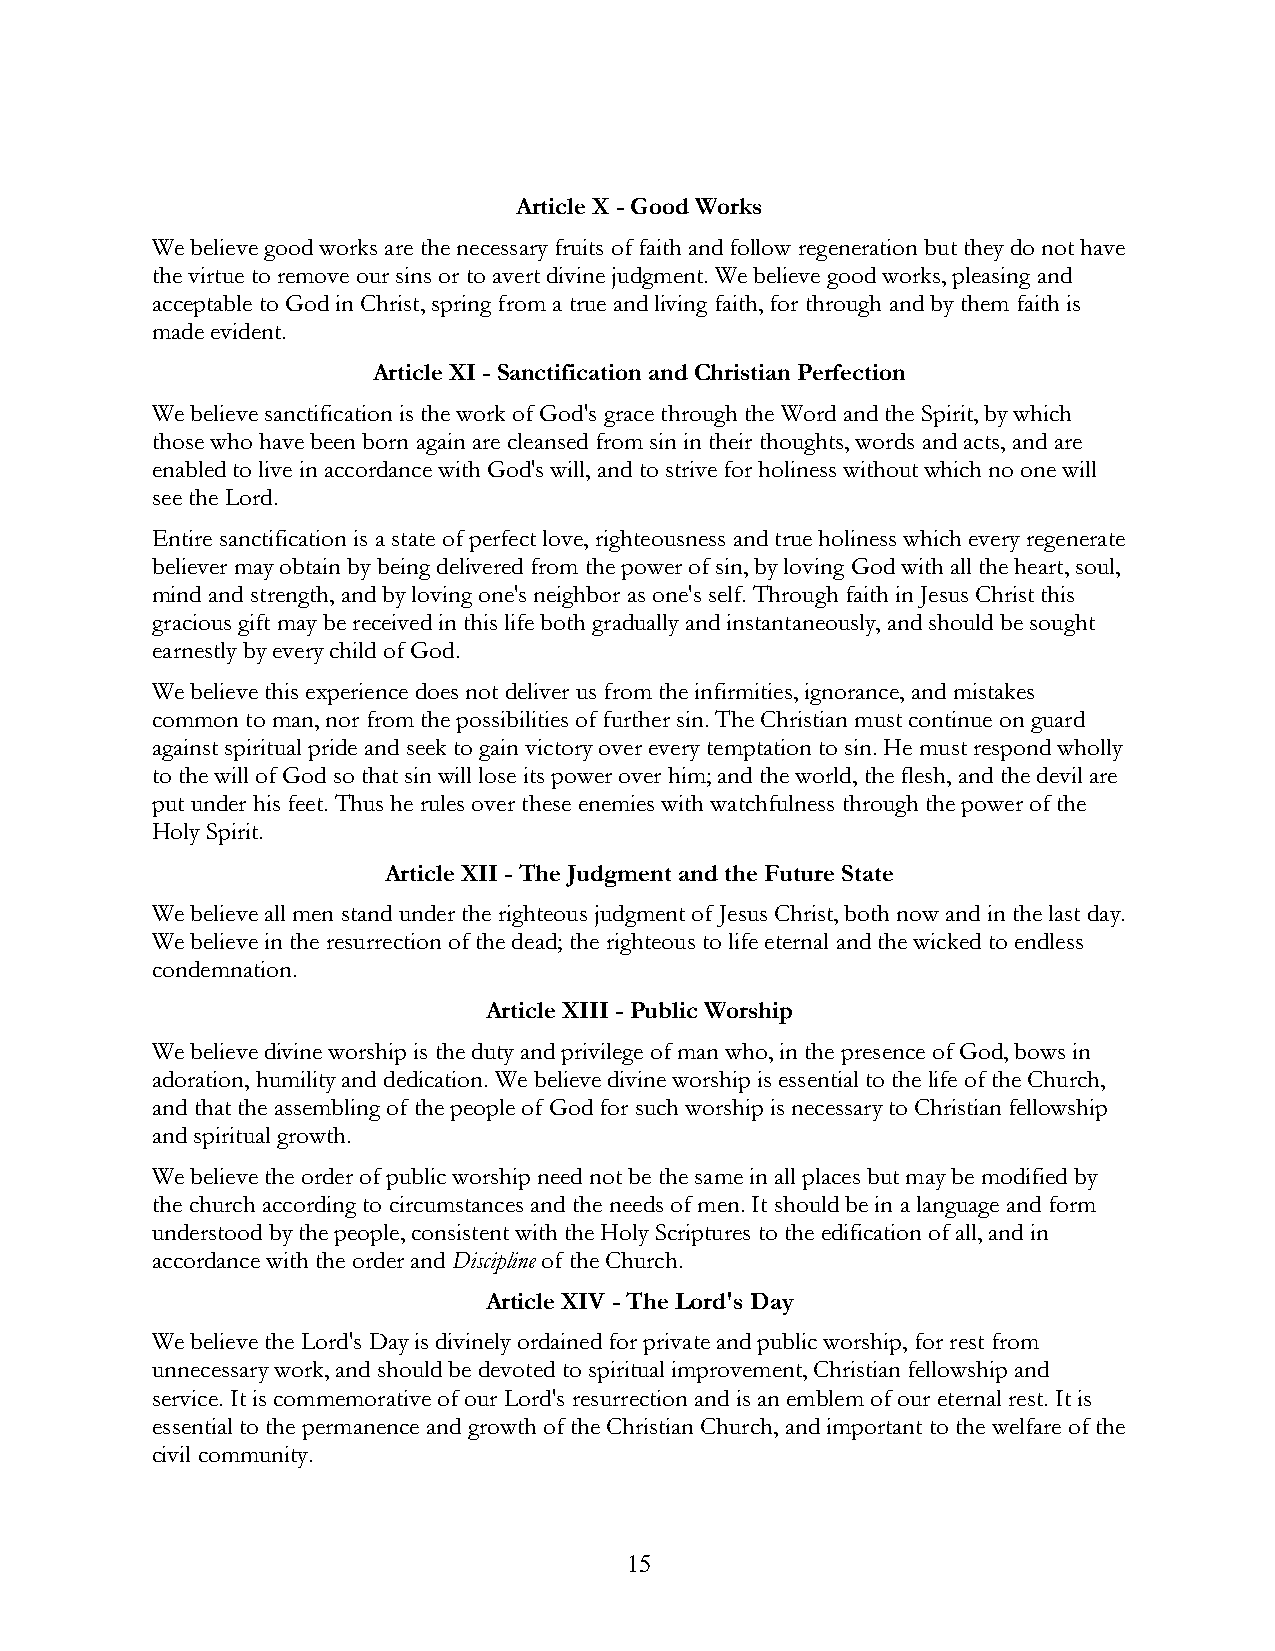
Article X - Good Works
 We believe good works are the necessary fruits of faith and follow regeneration but they do not have
 the virtue to remove our sins or to avert divine judgment. We believe good works, pleasing and
 acceptable to God in Christ, spring from a true and living faith, for through and by them faith is
 made evident.
 Article XI - Sanctification and Christian Perfection
 We believe sanctification is the work of God's grace through the Word and the Spirit, by which
 those who have been born again are cleansed from sin in their thoughts, words and acts, and are
 enabled to live in accordance with God's will, and to strive for holiness without which no one will
 see the Lord.
 Entire sanctification is a state of perfect love, righteousness and true holiness which every regenerate
 believer may obtain by being delivered from the power of sin, by loving God with all the heart, soul,
 mind and strength, and by loving one's neighbor as one's self. Through faith in Jesus Christ this
 gracious gift may be received in this life both gradually and instantaneously, and should be sought
 earnestly by every child of God.
 We believe this experience does not deliver us from the infirmities, ignorance, and mistakes
 common to man, nor from the possibilities of further sin. The Christian must continue on guard
 against spiritual pride and seek to gain victory over every temptation to sin. He must respond wholly
 to the will of God so that sin will lose its power over him; and the world, the flesh, and the devil are
 put under his feet. Thus he rules over these enemies with watchfulness through the power of the
 Holy Spirit.
 Article XII - The Judgment and the Future State
 We believe all men stand under the righteous judgment of Jesus Christ, both now and in the last day.
 We believe in the resurrection of the dead; the righteous to life eternal and the wicked to endless
 condemnation.
 Article XIII - Public Worship
 We believe divine worship is the duty and privilege of man who, in the presence of God, bows in
 adoration, humility and dedication. We believe divine worship is essential to the life of the Church,
 and that the assembling of the people of God for such worship is necessary to Christian fellowship
 and spiritual growth.
 We believe the order of public worship need not be the same in all places but may be modified by
 the church according to circumstances and the needs of men. It should be in a language and form
 understood by the people, consistent with the Holy Scriptures to the edification of all, and in
 accordance with the order and Discipline of the Church.
 Article XIV - The Lord's Day
 We believe the Lord's Day is divinely ordained for private and public worship, for rest from
 unnecessary work, and should be devoted to spiritual improvement, Christian fellowship and
 service. It is commemorative of our Lord's resurrection and is an emblem of our eternal rest. It is
 essential to the permanence and growth of the Christian Church, and important to the welfare of the
 civil community.
 15